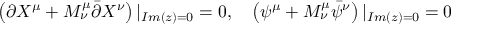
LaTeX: \left( \partial X ^ { \mu } + M _ { \nu } ^ { \mu } \bar { \partial } X ^ { \nu } \right) | _ { I m ( z ) = 0 } = 0 , \quad \left( \psi ^ { \mu } + M _ { \nu } ^ { \mu } \bar { \psi } ^ { \nu } \right) | _ { I m ( z ) = 0 } = 0